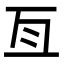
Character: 亙